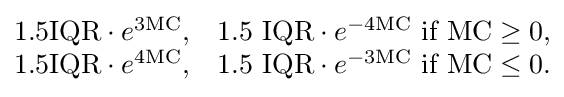
{\begin{matrix}1.5{\text{IQR}}\cdot e^{3{\text{MC}}},&1.5{\text{ IQR}}\cdot e^{-4{\text{MC}}}{\text{ if }}{\text{MC}}\geq 0,\\1.5{\text{IQR}}\cdot e^{4{\text{MC}}},&1.5{\text{ IQR}}\cdot e^{-3{\text{MC}}}{\text{ if }}{\text{MC}}\leq 0.\end{matrix}}